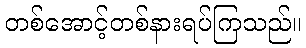
တစ်အောင့်တစ်နားရပ်ကြသည်။